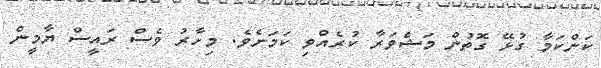
ކަންކަމާ ގުޅޭ ގޮތުން މަޝްވަރާ ކުރެއްވި ކަމަށެވެ. މިހާރު ވެސް ރައީސް ޔާމީން